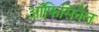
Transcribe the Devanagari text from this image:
ऑफिसिनैल